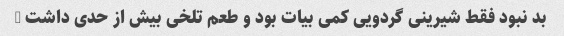
بد نبود فقط شیرینی گردویی کمی بیات بود و طعم تلخی بیش از حدی داشت …